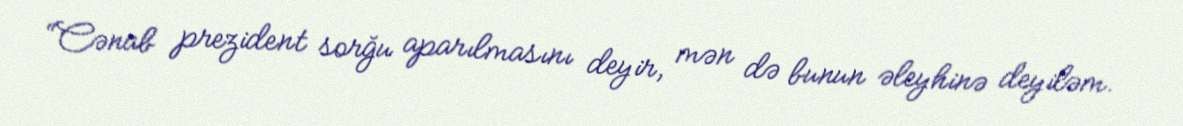
“Cənab prezident sorğu aparılmasını deyir, mən də bunun əleyhinə deyiləm.